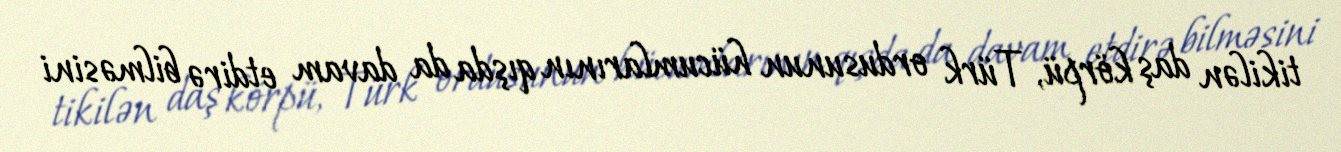
tikilən daş körpü, Türk ordusunun hücumlarının qışda da davam etdirə bilməsini